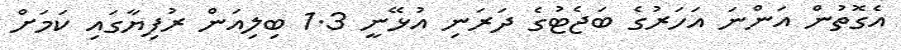
އެގޮތުން އަންނަ އަހަރުގެ ބަޖެޓުގެ ދަރަނި އުޅޭނީ 1.3 ބިލިއަން ރުފިޔާގައި ކަމަށް